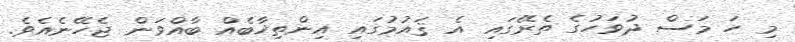
މި ހަ މަސް ދުވަހުގެ ތެރޭގައި އެ ޤައުމުގައި އިންތިޚާބެއް ބާއްވަން ޖެހޭނެއެވެ.